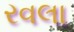
રવલા